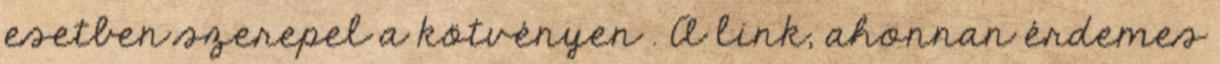
esetben szerepel a kötvényen . A link, ahonnan érdemes